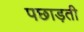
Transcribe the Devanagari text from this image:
पछाड़ती